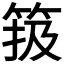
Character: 𥮁